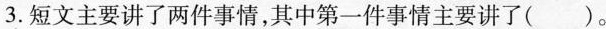
3.短文主要讲了两件事情，其中第一件事情主要讲了( )。